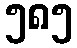
၅၈၅